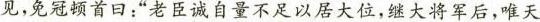
见，免冠顿首曰：”老臣诚自量不足以居大位，继大将军后，唯天